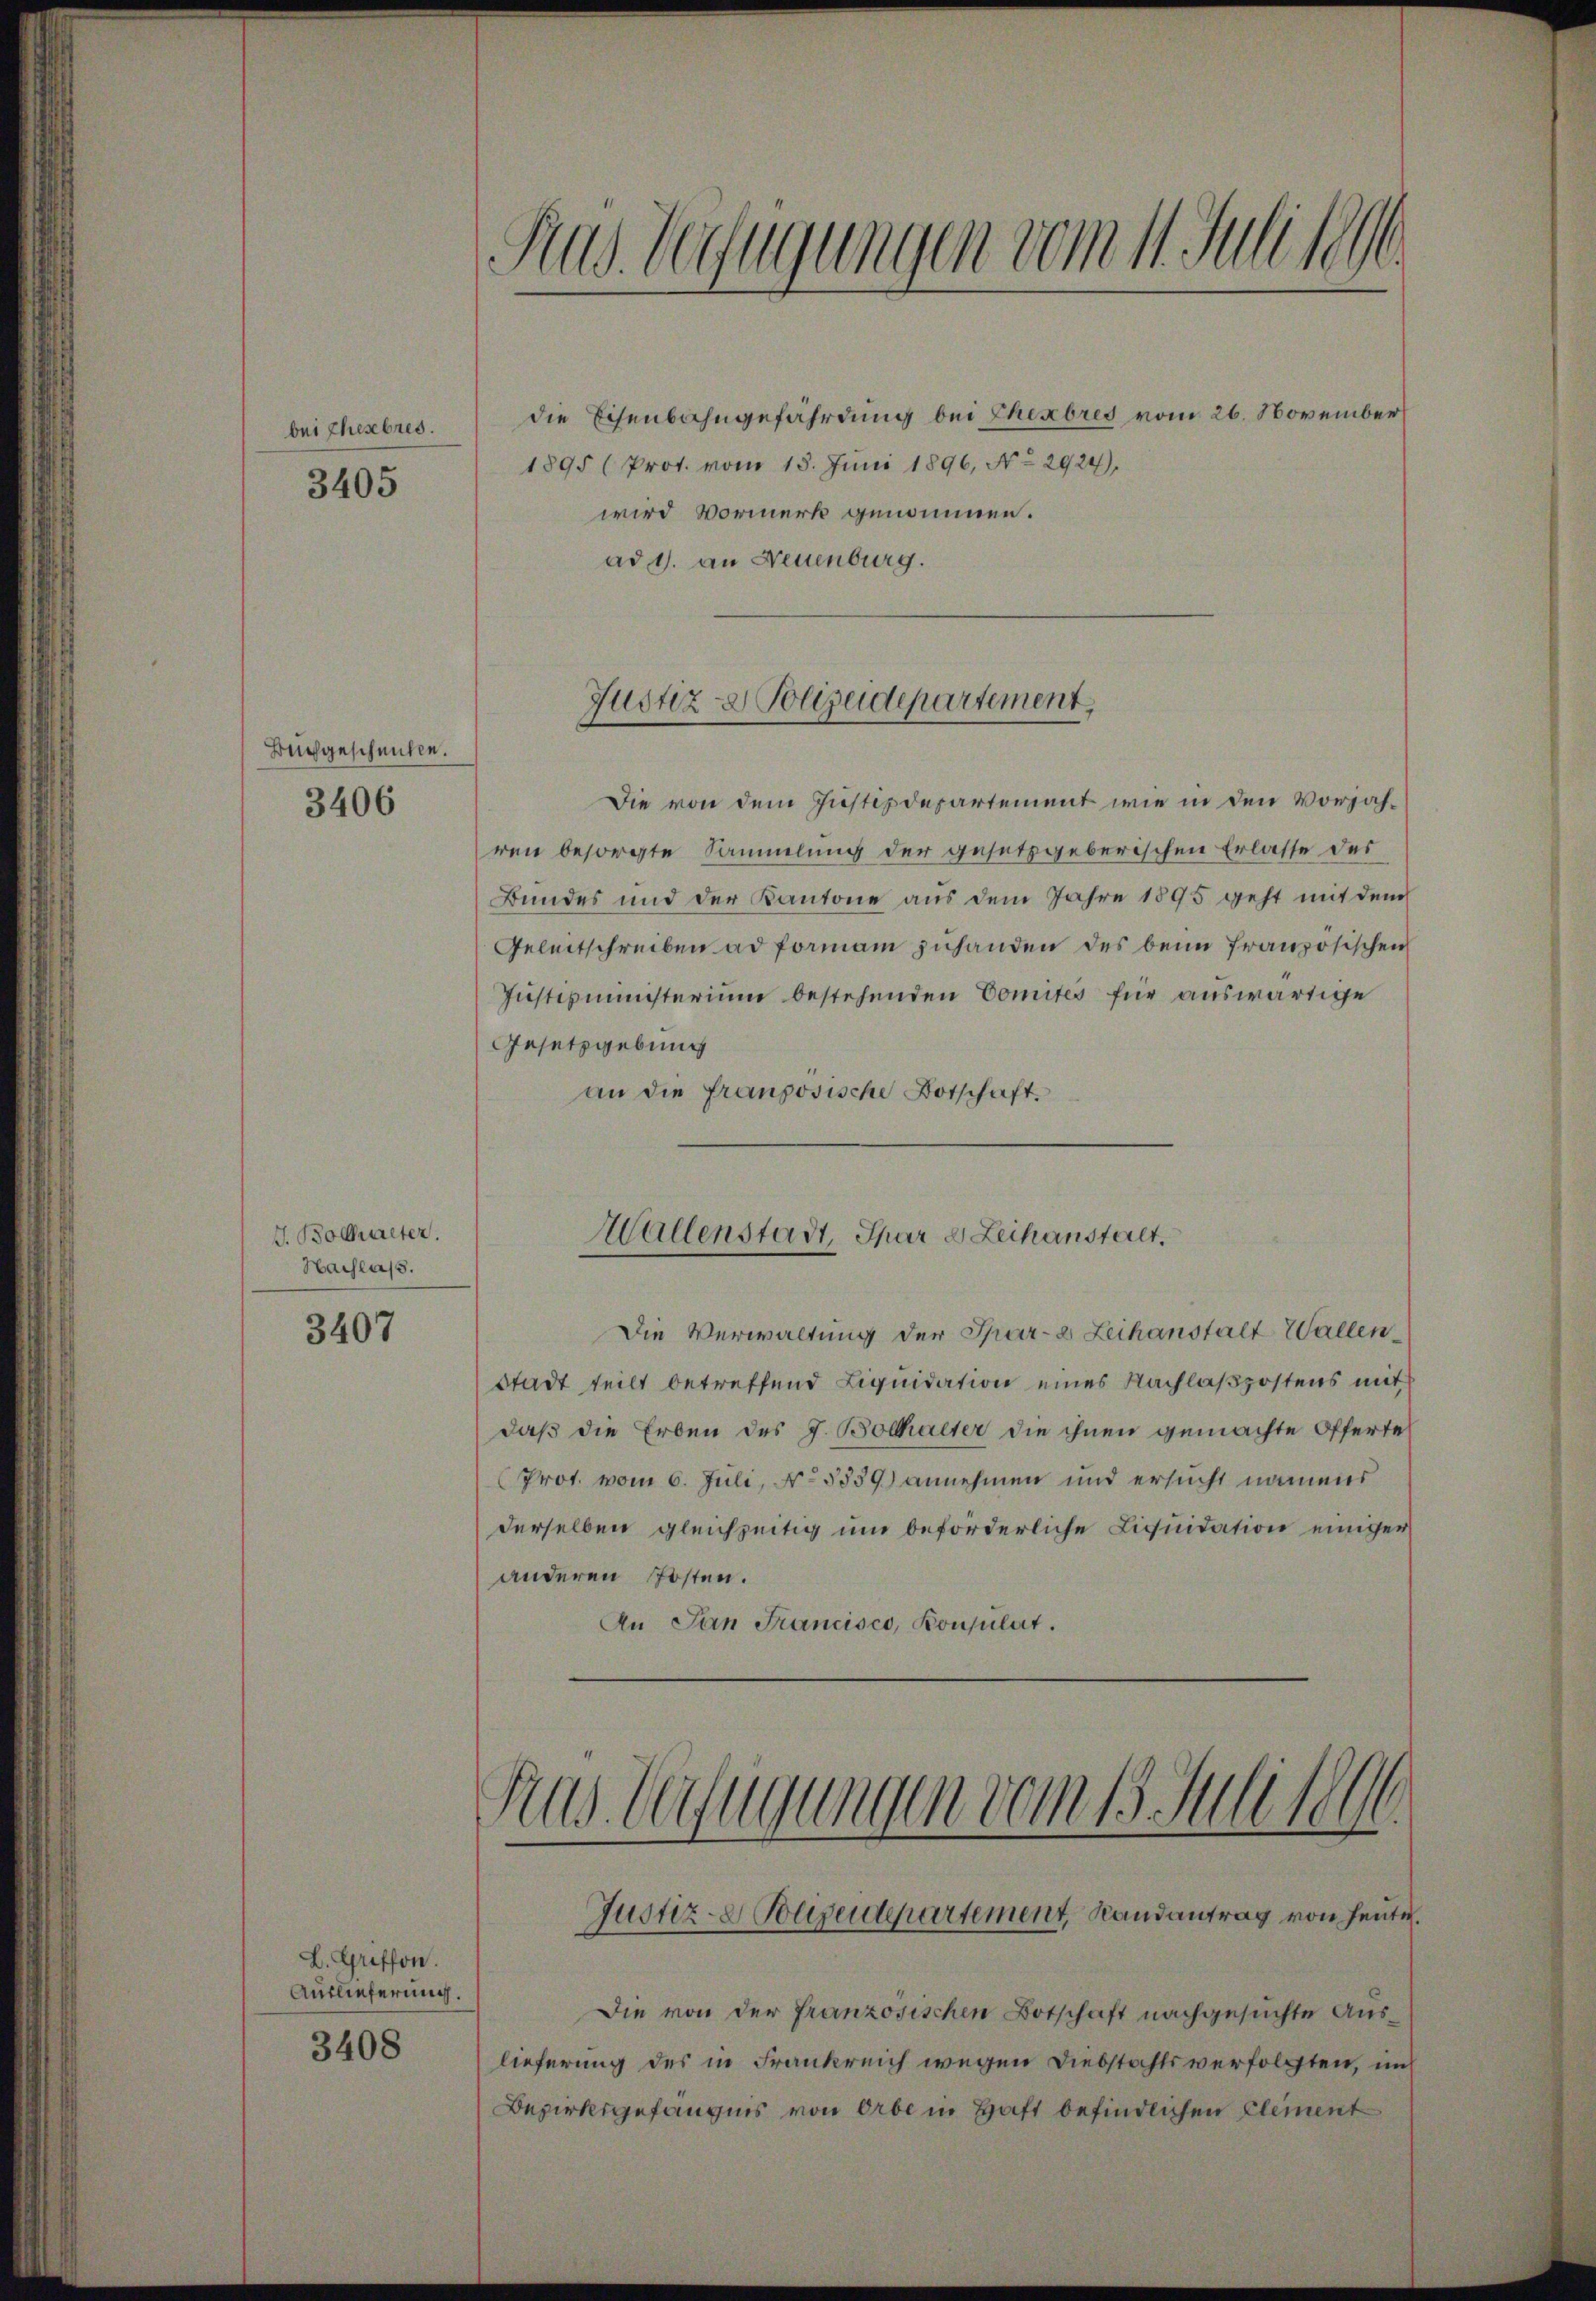
bei Ehesebres.

3405

Buchgeschenken.

3406

J. Bollwiter.
Hachlass.

3407

L. Greffon.
Auslieferung.

3408

Ras Verfügungen vom 11. Juli seh

die Eisenbahngefährdung bei Eheabres vom 26. November
1895 (Prot. vom 13. Juni 1896, No 2924).
wird Vormerk genommen.
ad 1. an Neuenburg.

Justiz- & Polizeidepartement

Die von dem Justizdepartement wie in den Vorjahren besorgte Sammlung der gesetzgeberischen Erlasse des
Bundes und der Kantone aus dem Jahre 1895 geht mit dem
Geleitschreiben ad formann zuhanden des beim französischen
Justizministerium bestehenden Comités für auswärtige
Gesetzgebung
an die französische Botschaft.
Die Verwaltung der Spar-a Leihanstalt Wallen
Stadt teilt betreffend Liquidation eines Nachlaßpostens mit
daß die Erben des J. Botthalter die ihnen gemachte Offerte
Prot. vom 6. Juli, No 5839) annehmen und ersucht namens
derselben gleichzeitig ŭm beförderliche Liquidation einiger
anderen Posten.
An San Francisco, Konsulat.

Mallenstadt, Phar d. Leihanstalt.

Rus Verfügungen vom 13. Juli 1891.
Justiz- & Polizeidepartement, Randantrag von heute.

Die von der franzosischen Botschaft nachgesuchte Auslieferung des in Frankreich wegen Diebstahls verfolgten, un
Bezirksgefängnis von Erbe in Haft befindlichen Element